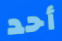
أحد